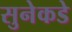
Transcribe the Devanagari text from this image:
सुनेकडे